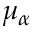
\mu _ { \alpha }